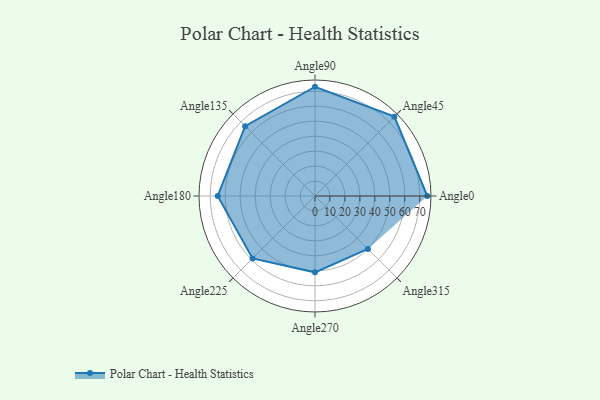
{"axis": {"x": "Angle", "y": "Radius"}, "legend": [""], "data": [{"x": "Angle0", "y": 75.0, "type": ""}, {"x": "Angle45", "y": 75.0, "type": ""}, {"x": "Angle90", "y": 73.0, "type": ""}, {"x": "Angle135", "y": 66.0, "type": ""}, {"x": "Angle180", "y": 65.0, "type": ""}, {"x": "Angle225", "y": 59.0, "type": ""}, {"x": "Angle270", "y": 51.0, "type": ""}, {"x": "Angle315", "y": 50, "type": ""}]}